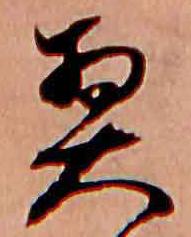
契